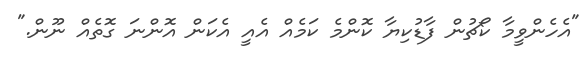
"އެހެންވީމާ ކޯޗުން ފާޑުކިޔާ ކޮންމެ ކަމެއް އެއީ އެކަން އޮންނަ ގޮތެއް ނޫން."